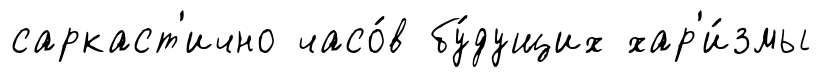
саркаст'ично часо́в бу́дущих хар'и́змы